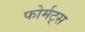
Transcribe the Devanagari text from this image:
फोर्मट्स